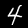
Label: 4